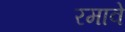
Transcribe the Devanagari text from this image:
रमावे